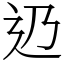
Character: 辸